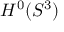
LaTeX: H ^ { 0 } ( S ^ { 3 } )